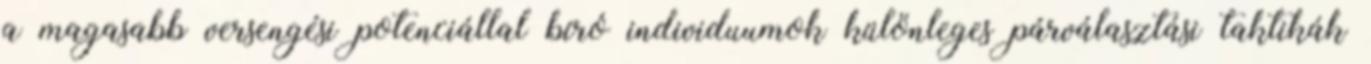
a magasabb versengési potenciállal bíró individuumok különleges párválasztási taktikák